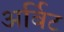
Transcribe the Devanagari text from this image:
अर्बिट